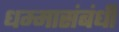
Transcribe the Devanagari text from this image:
धम्मासंबंधी